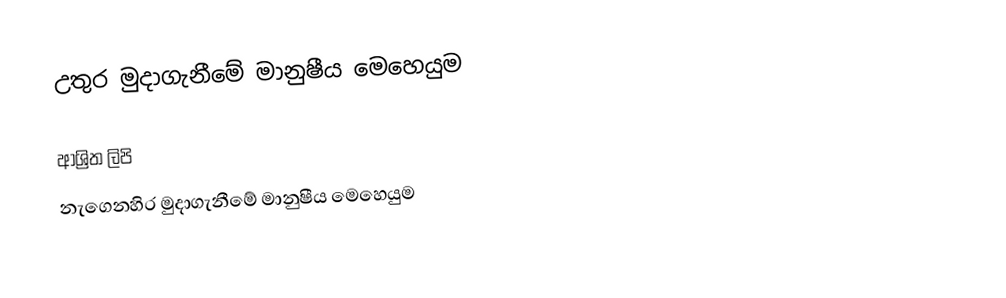
උතුර මුදාගැනීමේ මානුෂීය මෙහෙයුම

ආශ්‍රිත ලිපි
 නැගෙනහිර මුදාගැනීමේ මානුෂීය මෙහෙයුම